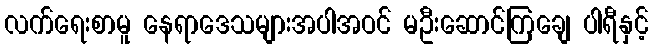
လက်ရေးစာမူ နေရာဒေသများအပါအဝင် မဦးဆောင်ကြချေ ပါရီနှင့်